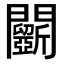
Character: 𨷵